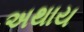
અથાય